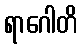
ရာဂေါတိ